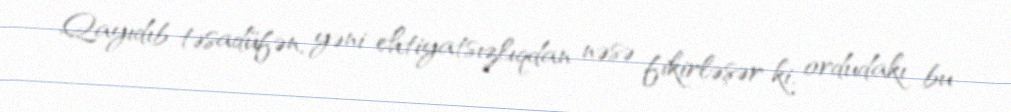
Qayıdıb təsadüfən, yəni ehtiyatsızlıqdan nəsə fikirləşər ki, ordudakı bu